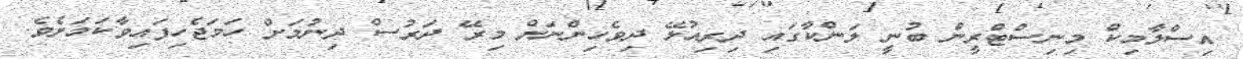
އިސްލާމިކް މިނިސްޓްރީން ބުނީ ލަންކާގައި ދިރިއުޅޭ ދިވެހިންނަށް މިރޭ ދަރުސް ދިނުމަށް ހަމަޖެހިފައިވާކަމަށެވެ.